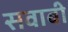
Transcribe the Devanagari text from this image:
सवाबी